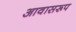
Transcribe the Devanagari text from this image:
आवासरूप